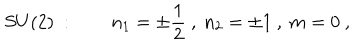
LaTeX: S U ( 2 ) \ : \quad \quad n _ { 1 } = \pm { \frac { 1 } { 2 } } \ , \ n _ { 2 } = \pm 1 \ , \ m = 0 \ ,